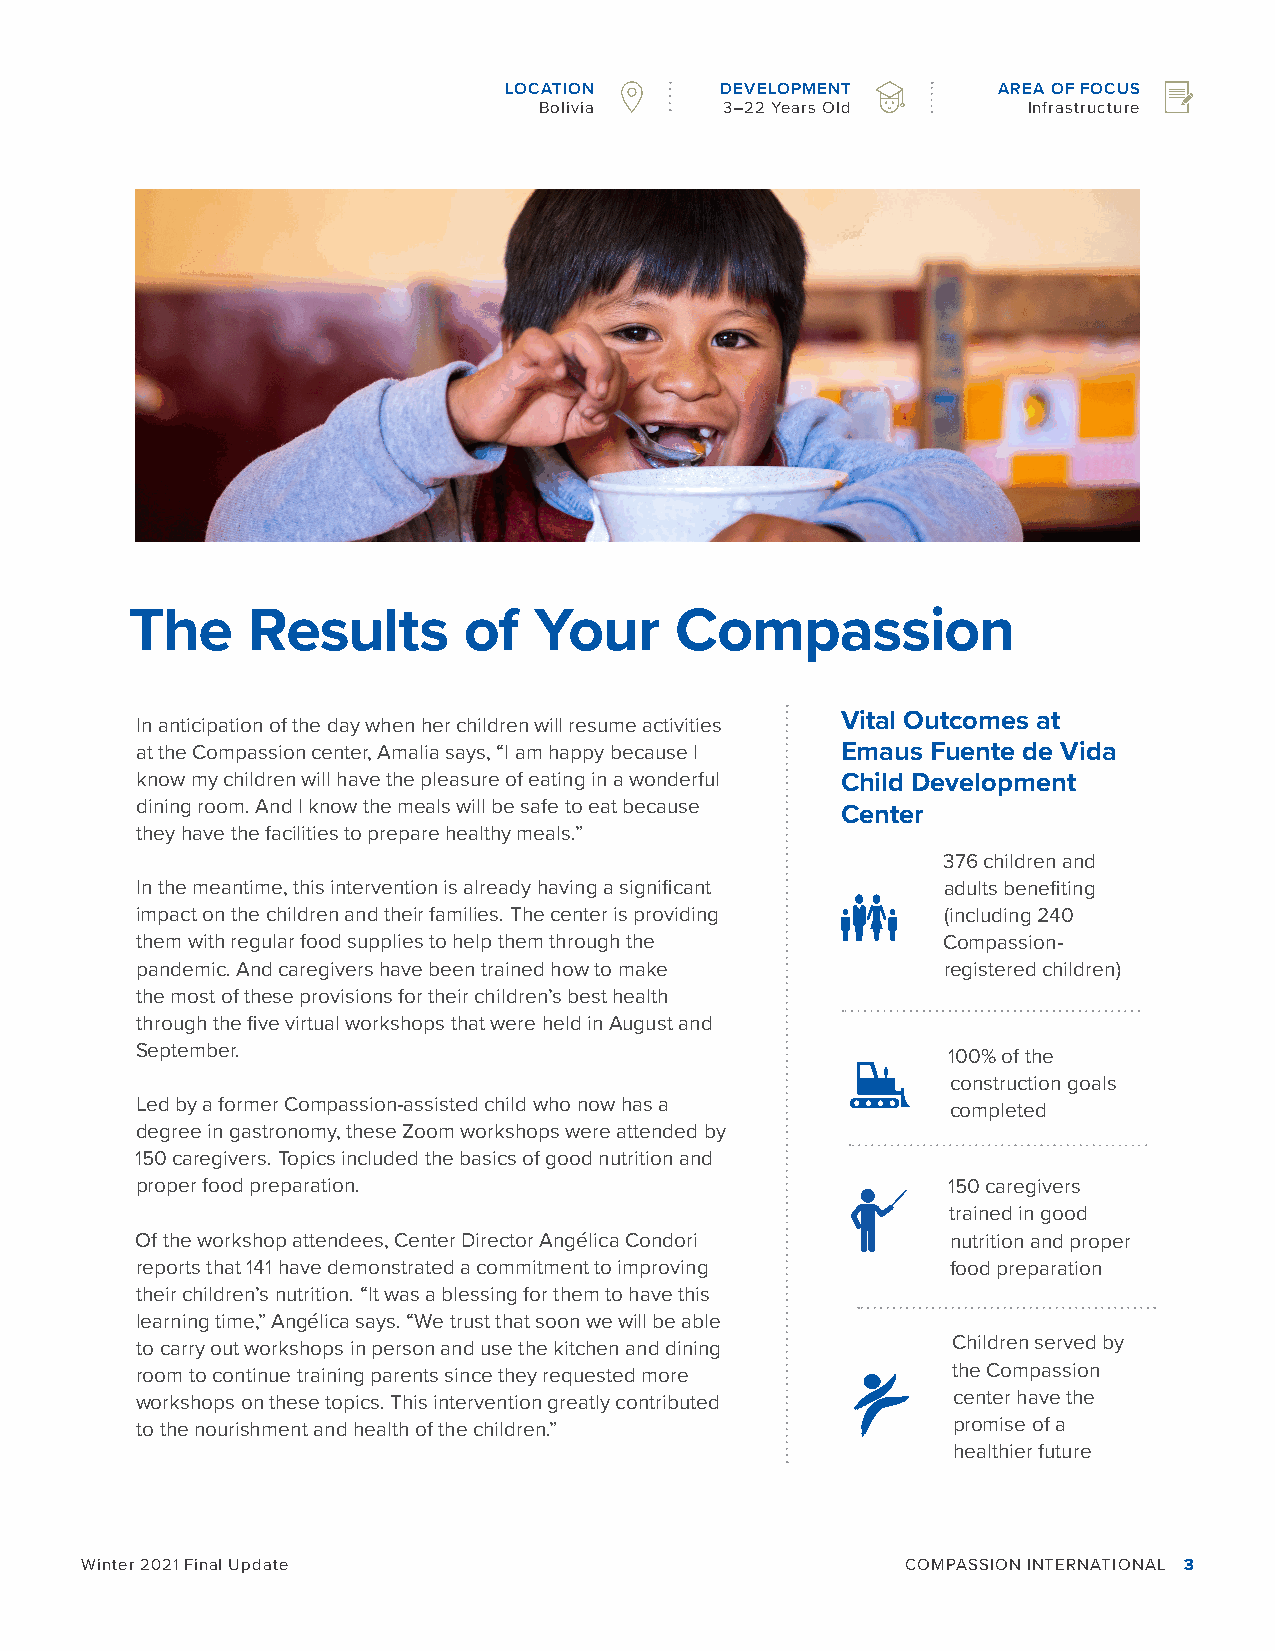
LOCATION       DEVELOPMENT       AREA OF FOCUS
 Bolivia     3–22 Years Old      Infrastructure
 The    Results        of  Your      Compassion
 In anticipation of the day when her children will resume activities Vital Outcomes at
 at the Compassion center, Amalia says, “I am happy because I Emaus Fuente de Vida
 know my children will have the pleasure of eating in a wonderful Child Development
 dining room. And I know the meals will be safe to eat because
 Center
 they have the facilities to prepare healthy meals.”
 376 children and
 In the meantime, this intervention is already having a significant adults benefiting
 impact on the children and their families. The center is providing (including 240
 them with regular food supplies to help them through the Compassion-
 pandemic. And caregivers have been trained how to make registered children)
 the most of these provisions for their children’s best health
 through the five virtual workshops that were held in August and
 September.                                            100% of the
 construction goals
 Led by a former Compassion-assisted child who now has a completed
 degree in gastronomy, these Zoom workshops were attended by
 150 caregivers. Topics included the basics of good nutrition and
 proper food preparation.                              150 caregivers
 trained in good
 Of the workshop attendees, Center Director Angélica Condori nutrition and proper
 reports that 141 have demonstrated a commitment to improving food preparation
 their children’s nutrition. “It was a blessing for them to have this
 learning time,” Angélica says. “We trust that soon we will be able
 to carry out workshops in person and use the kitchen and dining Children served by
 room to continue training parents since they requested more the Compassion
 workshops on these topics. This intervention greatly contributed center have the
 to the nourishment and health of the children.”       promise of a
 healthier future
 Winter 2021 Final Update                               COMPASSION INTERNATIONAL 3